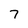
Character: 7